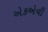
એકએવી